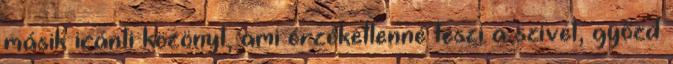
másik iránti közönyt, ami érzéketlenné teszi a szívet, győzd